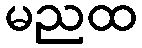
မညထ